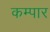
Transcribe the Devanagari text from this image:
कम्पार